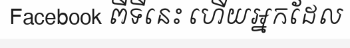
Facebook ពីទីនេះ ហើយអ្នកដែល